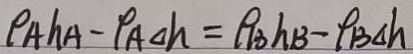
\rho _ { A h A } - \rho _ { A \Delta h } = \rho _ { B h B } - \rho _ { B \Delta h }